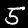
Digit: 5